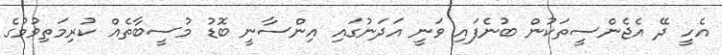
އެހީ ދޭ އެޖެންސީތަކުން ބުނެފައި ވަނީ އަދަނުގައި އިންސާނީ ބޮޑު މުސީބާތެއް ކުރިމަތިވުމުގެ